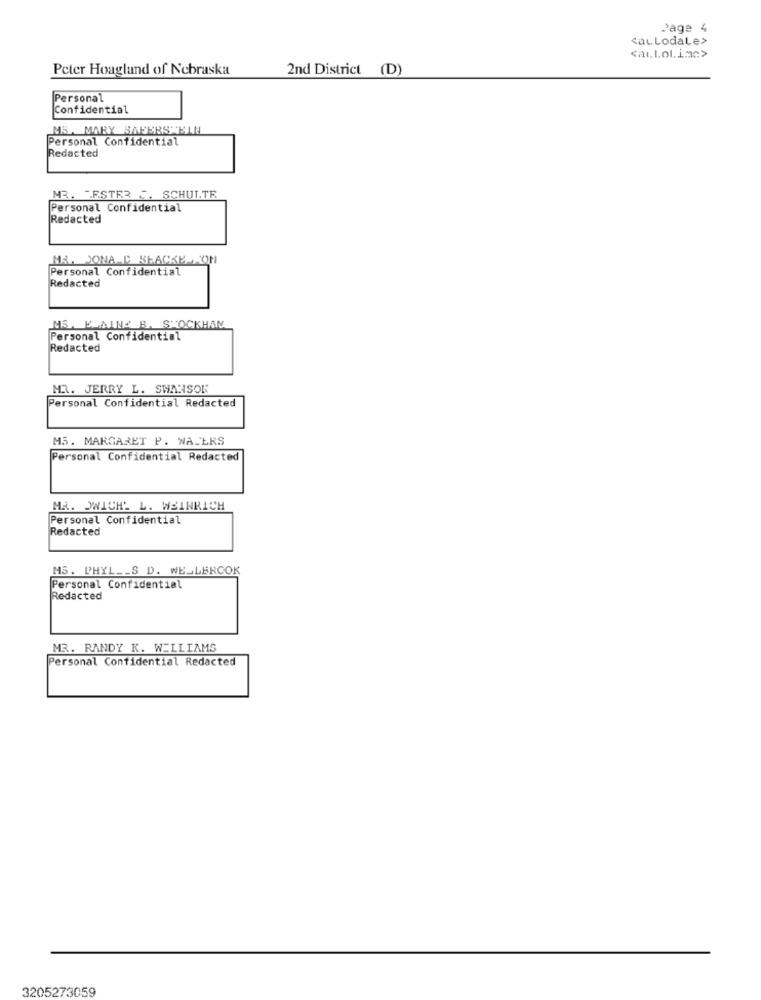
Page 4
<aL LodaLe>
<auLol.imc>
Peter Hoagland of Nebraska
2nd District (D)
Personal
Confidential
MS. MARY BAPERS"BIN
Personal Confidential
Redacted
MR. "ESTER C. SCHUL.TR
Personal Confidential
Redacted
MAL JONA C SEACKE AON
Personal Confidential
Redacted
MS. EMAINZ B. STOCKHAN
Personal Confidential
Redacted
MR. JERRY L. SWANSON
Personal Confidential Redacted
MS. MARGARET P. WATERS
Personal Confidential Redacted
HA. WWICH. L. WEINRICH
Personal Confidential
Redacted
MS. PHYL __ S D. WELLERCOK
Personal Confidential
Redacted
MR. RANDY K. WILLIAMS
Personal Confidential Redacted
3205273059